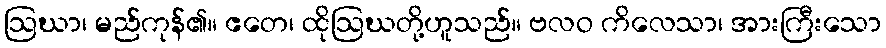
ဩဃာ၊ မည်ကုန်၏။ ဧတေ၊ ထိုဩဃတို့ဟူသည်။ ဗလဝ ကိလေသာ၊ အားကြီးသော